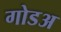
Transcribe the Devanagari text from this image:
गोडअ